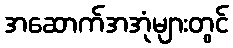
အဆောက်အအုံများတွင်